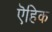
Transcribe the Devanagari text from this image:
ऎहिक